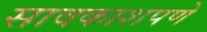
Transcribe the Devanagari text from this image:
सावकाशपणे